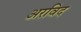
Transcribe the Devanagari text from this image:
अरविद